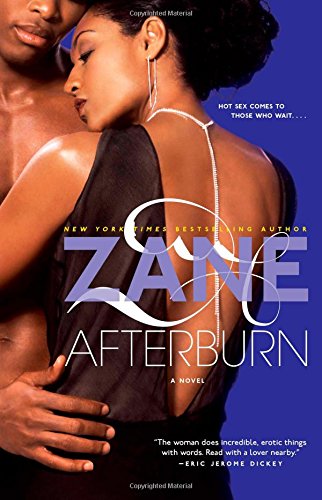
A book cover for Afterburn: A Novel; Zane; Romance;